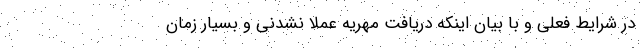
در شرایط فعلی و با بیان اینکه دریافت مهریه عملا نشدنی و بسیار زمان